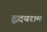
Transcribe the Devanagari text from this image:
ह्रदयराम